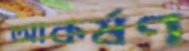
আকর্ষণ